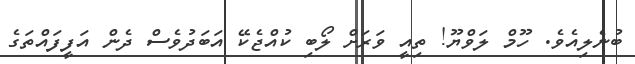
ބުނެލިއެވެ. ހޫމް ލަވްޔޫ! ތިއީ ވަރަށް ލޯބި ކުއްޖެކޭ އަބަދުވެސް ދެން އަފީފައްތަގެ